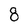
Character: 8